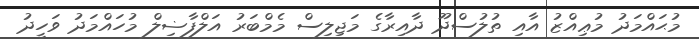
މުޙައްމަދު މުޢިއްޒު އާއި ތުލުސްދޫ ދާއިރާގެ މަޖިލިސް މެމްބަރު އަލްފާޟިލް މުހައްމަދު ވަހީދު